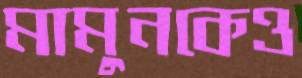
মামুনকেও